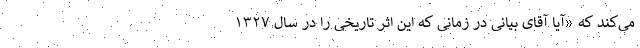
می‌کند که «آیا آقای بیانی در زمانی که این اثر تاریخی را در سال ۱۳۲۷